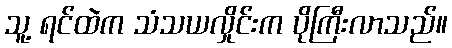
သူ့ ရင်ထဲက သံသယလှိုင်းက ပိုကြီးလာသည်။